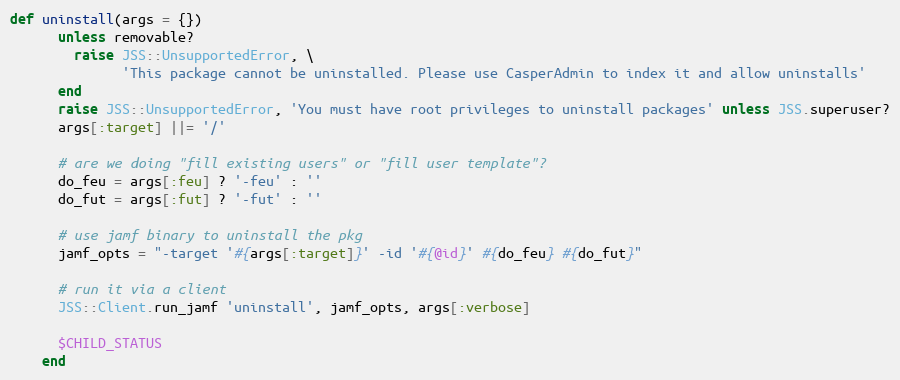
Language: Ruby
def uninstall(args = {})
      unless removable?
        raise JSS::UnsupportedError, \
              'This package cannot be uninstalled. Please use CasperAdmin to index it and allow uninstalls'
      end
      raise JSS::UnsupportedError, 'You must have root privileges to uninstall packages' unless JSS.superuser?
      args[:target] ||= '/'

      # are we doing "fill existing users" or "fill user template"?
      do_feu = args[:feu] ? '-feu' : ''
      do_fut = args[:fut] ? '-fut' : ''

      # use jamf binary to uninstall the pkg
      jamf_opts = "-target '#{args[:target]}' -id '#{@id}' #{do_feu} #{do_fut}"

      # run it via a client
      JSS::Client.run_jamf 'uninstall', jamf_opts, args[:verbose]

      $CHILD_STATUS
    end